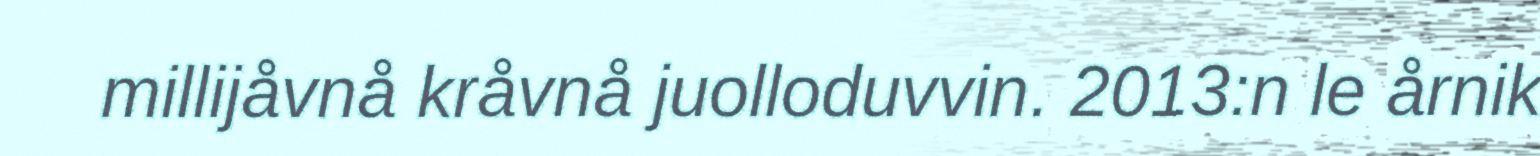
millijåvnå kråvnå juolloduvvin. 2013:n le årnik